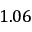
1 . 0 6